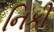
નિકી